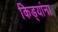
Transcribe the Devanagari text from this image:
किड्यांना